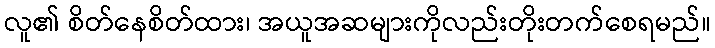
လူ၏ စိတ်နေစိတ်ထား၊ အယူအဆများကိုလည်းတိုးတက်စေရမည်။